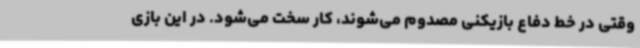
وقتی در خط دفاع بازیکنی مصدوم می‌شوند، کار سخت می‌شود. در این بازی